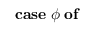
\mathbf { c a s e } \; \phi \; \mathbf { o f }